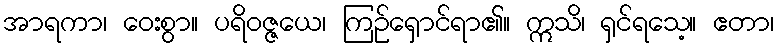
အာရကာ၊ ဝေးစွာ။ ပရိဝဇ္ဇယေ၊ ကြဉ်ရှောင်ရာ၏။ ဣသိ၊ ရှင်ရသေ့။ ဧတာ၊